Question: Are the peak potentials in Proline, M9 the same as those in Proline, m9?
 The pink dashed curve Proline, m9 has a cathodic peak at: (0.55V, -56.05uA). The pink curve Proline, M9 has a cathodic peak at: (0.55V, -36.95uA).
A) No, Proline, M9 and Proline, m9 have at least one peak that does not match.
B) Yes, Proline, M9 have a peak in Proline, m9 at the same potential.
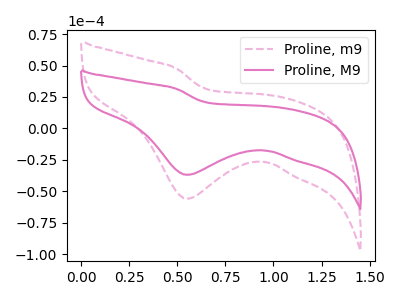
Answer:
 <answer>B) Yes, "Proline, M9" have a peak in "Proline, m9" at the same potential.</answer>
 <eval>B</eval>